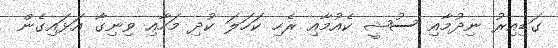
ގަޑިއިރު ނިދުމާއި ސުޝީ ކެެއުމާއި ރެހި ކަހަލަ ކުދި މަހާއި ވިނިގާ އަޅައިގެން